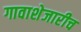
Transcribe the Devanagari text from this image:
गावाशेजारीच